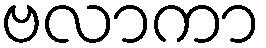
ဗလာကာ